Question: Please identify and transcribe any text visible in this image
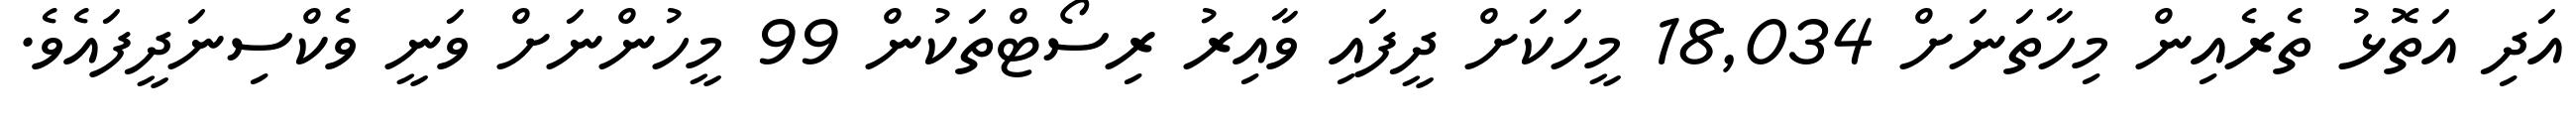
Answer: އަދި އަތޮޅު ތެރެއިން މިހާތަނަށް 18,034 މީހަކަށް ދީފައި ވާއިރު ރިސޯޓްތަކުން 99 މީހުންނަށް ވަނީ ވެކްސިނަދީފައެވެ.